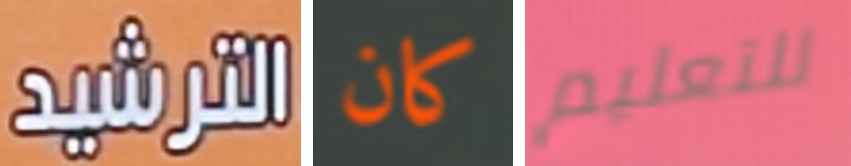
الترشيد كان للتعليم